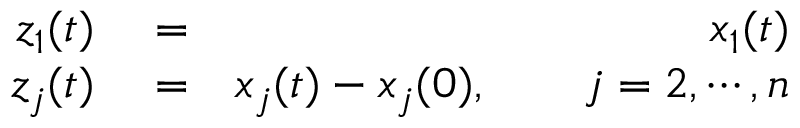
\begin{array} { r l r } { z _ { 1 } ( t ) } & { { } = } & { x _ { 1 } ( t ) } \\ { z _ { j } ( t ) } & { { } = } & { x _ { j } ( t ) - x _ { j } ( 0 ) , \qquad j = 2 , \cdots , n } \end{array}